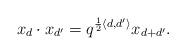
LaTeX: \begin{align*}x_d \cdot x_{d^{\prime}} = q^{\frac{1}{2} \langle d, d^{\prime} \rangle} x_{d+d^{\prime}}.\end{align*}